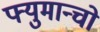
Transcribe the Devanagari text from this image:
फ्युमान्चो